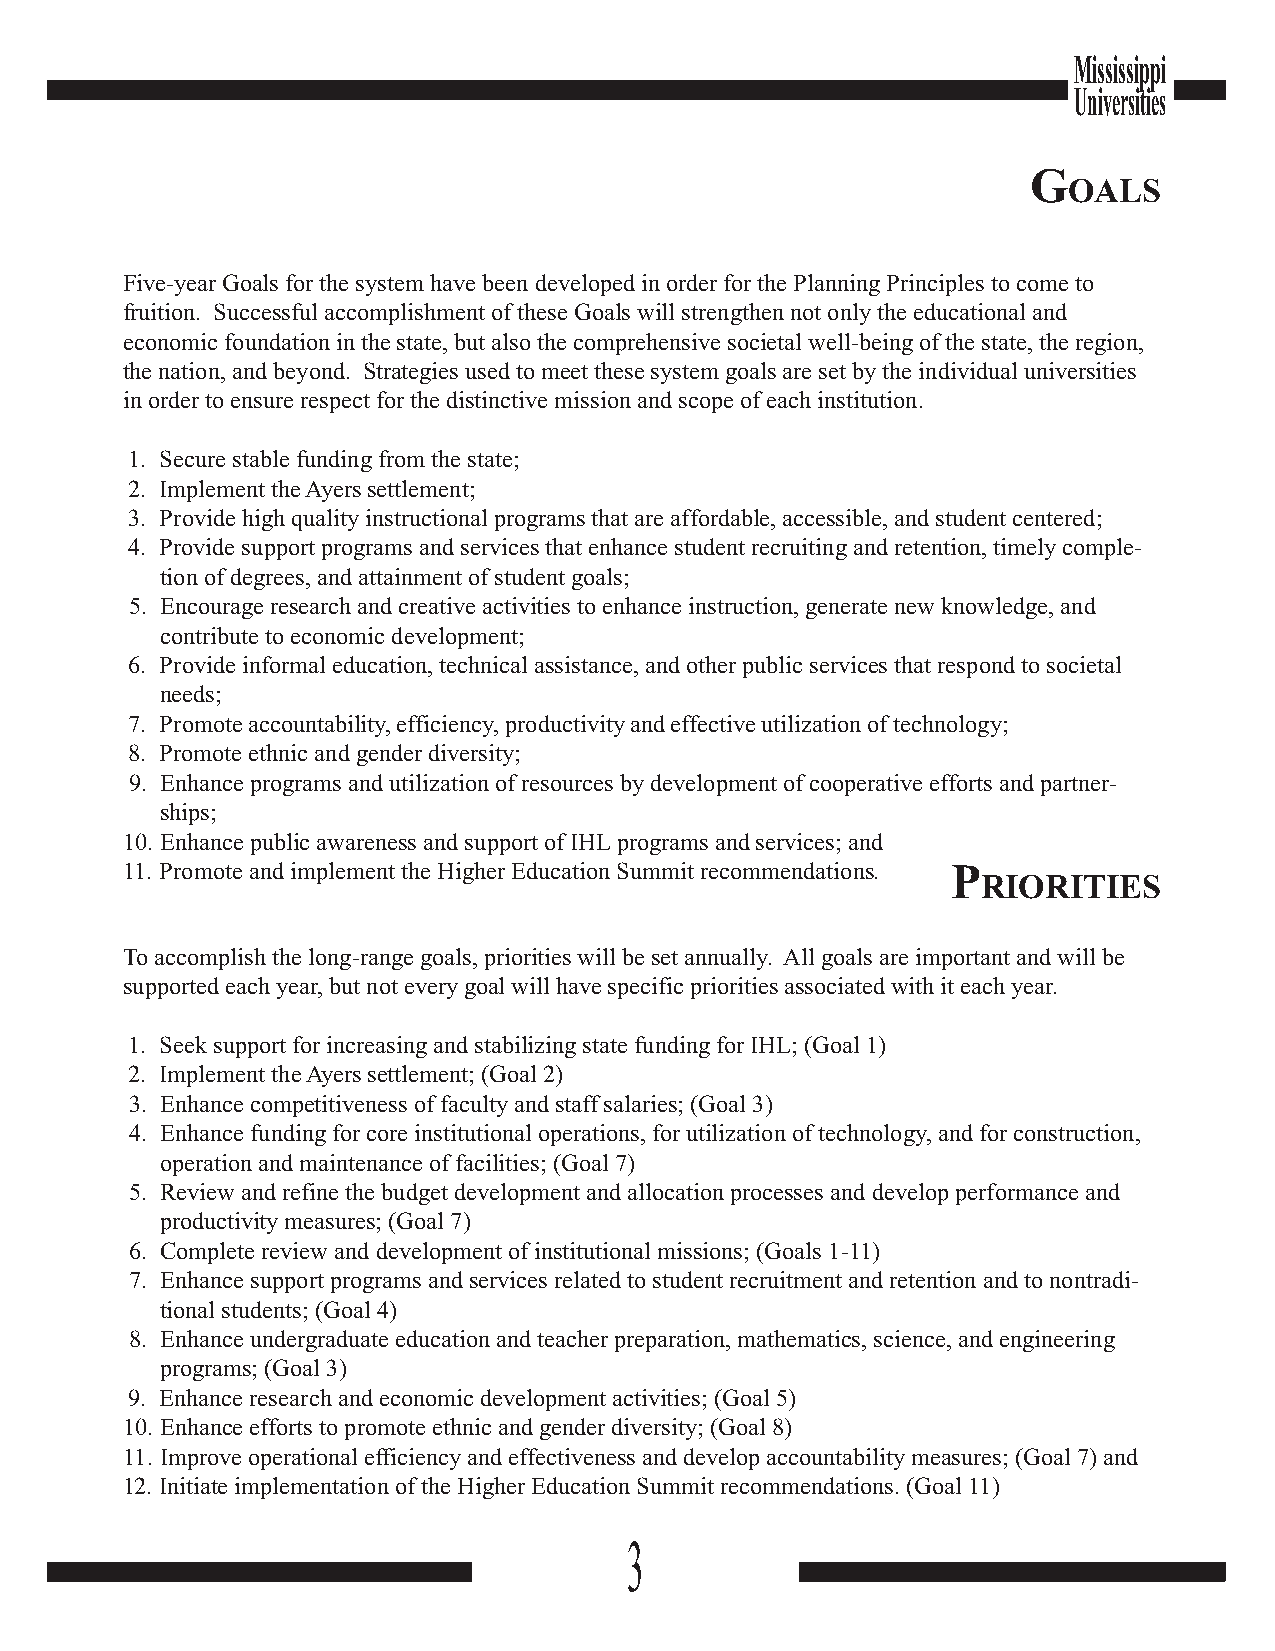
Mississippi
 Universities
 G
 OALS
 Five-year Goals for the system have been developed in order for the Planning Principles to come to
 fruition. Successful accomplishment of these Goals will strengthen not only the educational and
 economic foundation in the state, but also the comprehensive societal well-being of the state, the region,
 the nation, and beyond. Strategies used to meet these system goals are set by the individual universities
 in order to ensure respect for the distinctive mission and scope of each institution.
 1. Secure stable funding from the state;
 2. Implement the Ayers settlement;
 3. Provide high quality instructional programs that are affordable, accessible, and student centered;
 4. Provide support programs and services that enhance student recruiting and retention, timely comple-
 tion of degrees, and attainment of student goals;
 5. Encourage research and creative activities to enhance instruction, generate new knowledge, and
 contribute to economic development;
 6. Provide informal education, technical assistance, and other public services that respond to societal
 needs;
 7. Promote accountability, efficiency, productivity and effective utilization of technology;
 8. Promote ethnic and gender diversity;
 9. Enhance programs and utilization of resources by development of cooperative efforts and partner-
 ships;
 10. Enhance public awareness and support of IHL programs and services; and
 11. Promote and implement the Higher Education Summit recommendations. P
 RIORITIES
 To accomplish the long-range goals, priorities will be set annually. All goals are important and will be
 supported each year, but not every goal will have specific priorities associated with it each year.
 1. Seek support for increasing and stabilizing state funding for IHL; (Goal 1)
 2. Implement the Ayers settlement; (Goal 2)
 3. Enhance competitiveness of faculty and staff salaries; (Goal 3)
 4. Enhance funding for core institutional operations, for utilization of technology, and for construction,
 operation and maintenance of facilities; (Goal 7)
 5. Review and refine the budget development and allocation processes and develop performance and
 productivity measures; (Goal 7)
 6. Complete review and development of institutional missions; (Goals 1-11)
 7. Enhance support programs and services related to student recruitment and retention and to nontradi-
 tional students; (Goal 4)
 8. Enhance undergraduate education and teacher preparation, mathematics, science, and engineering
 programs; (Goal 3)
 9. Enhance research and economic development activities; (Goal 5)
 10. Enhance efforts to promote ethnic and gender diversity; (Goal 8)
 11. Improve operational efficiency and effectiveness and develop accountability measures; (Goal 7) and
 12. Initiate implementation of the Higher Education Summit recommendations. (Goal 11)
 3